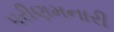
પરીણમનારી